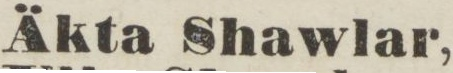
Äkta Shawlar,